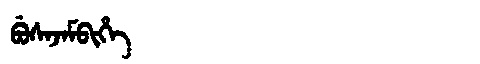
Manchu: ᠪᡠᠰᠠᠵᠠᠮᠪᡳᡥᡝ
Romanization: BUSAJAMBIHE